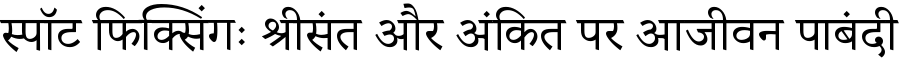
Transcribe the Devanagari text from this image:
स्पॉट फिक्सिंगः श्रीसंत और अंकित पर आजीवन पाबंदी